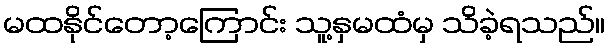
မထနိုင်တော့ကြောင်း သူ့နှမထံမှ သိခဲ့ရသည်။